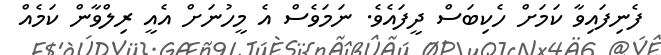
ފެނިފައިވާ ކަމަށް ހެކިބަސް ދީފައެވެ. ނަމަވެސް އެ މީހުނަށް އެއީ ރިލްވާން ކަމެއް